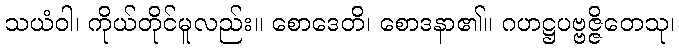
သယံဝါ၊ ကိုယ်တိုင်မူလည်း။ စောဒေတိ၊ စောဒနာ၏။ ဂဟဋ္ဌပဗ္ဗဇ္ဇိတေသု၊